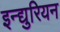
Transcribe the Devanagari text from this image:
इन्द्युरियन